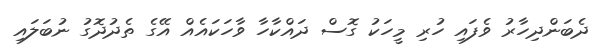
ދެބަންދިހާރު ވެފައި ހުރި މީހަކު ގޮސް ދައްކާހާ ވާހަކައެއް އޭގެ ތެދުދޮގު ނުބަލައި